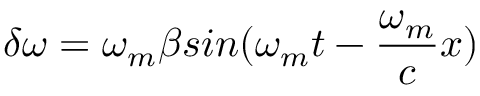
\delta \omega = \omega _ { m } \beta s i n ( \omega _ { m } t - \frac { \omega _ { m } } { c } x )